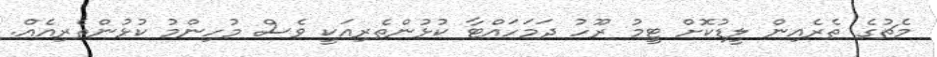
މެޗުގެ ތެރެއިން ލީޑުކޮށް ޓީމު ރޫހު ދަމަހައްޓާ ކުޅުންތެރިއަކީ ވެސް މުހިންމު ކުޅުންތެރިއެއް.